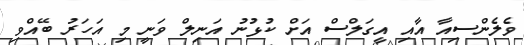
ވެލެންސިއާ އާއި އީގަލްސް އަށް ކުޅުނު އަނިލް ވަނީ މި އަހަރު ބޭއްވި